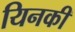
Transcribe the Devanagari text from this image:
यिनकी